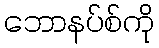
ဘောနပ်စ်ကို